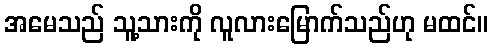
အမေသည် သူ့သားကို လူလားမြောက်သည်ဟု မထင်။